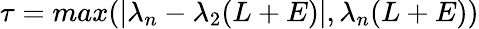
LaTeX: \tau=max(\vert\lambda_{n}-\lambda_{2}(L+E)\vert,\lambda_{n}(L+E))